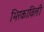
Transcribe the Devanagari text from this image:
भिरकाविली